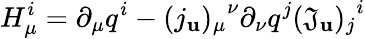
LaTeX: H_{\mu}^{i}=\partial_{\mu}q^{i}-{(j_{\mathbf{u}})_{\mu}}^{\nu}\partial_{\nu}q^{j}{(\mathfrak{J}_{\mathbf{u}})_{j}}^{i}